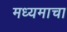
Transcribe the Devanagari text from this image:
मध्यमाचा